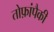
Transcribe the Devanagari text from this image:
तोफ़ांपैकी